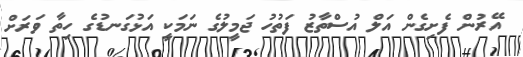
އޭރުން ފެށިގެން އަލް އުސްތާޒު ފަތުހު ޖަމީލުގެ ނަމަކީ އަޅުގަނޑުގެ ހިތާ ވަރަށް